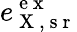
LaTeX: e_{\mathrm{~X~,~s~r~}}^{\mathrm{~e~x~}}